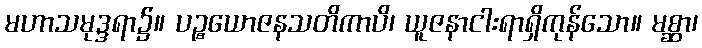
မဟာသမုဒ္ဒရာ၌။ ပဉ္စယောဇနသတိကာပိ၊ ယူဇနာငါးရာရှိကုန်သော။ မစ္ဆာ၊